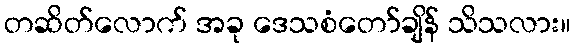
တဆိတ်လောက် အခု ဒေသစံတော်ချိန် သိသလား။